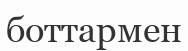
боттармен